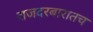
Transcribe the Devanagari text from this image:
राजदरबारातच